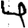
Digit: 4